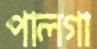
পালগা